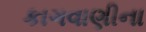
કાગવાણીના